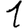
Digit: 1